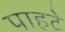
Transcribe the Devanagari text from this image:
पाहटे